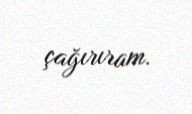
çağırıram.